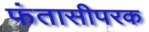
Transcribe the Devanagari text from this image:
फंतासीपरक